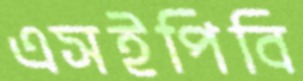
এসইপিবি